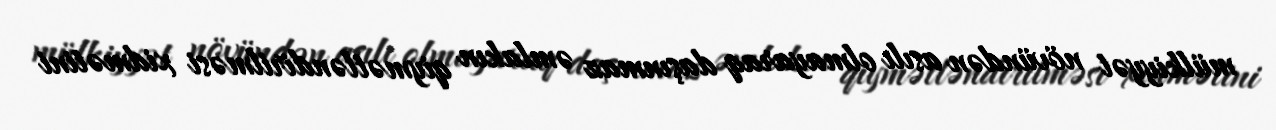
mülkiyyət növündən asılı olmayaraq daşınmaz əmlakın qiymətləndirilməsi xidmətini